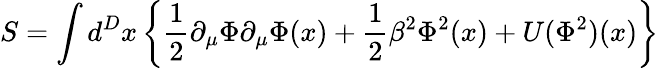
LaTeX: S=\int d^{D}x\left\{ \frac{1}{2}\partial_{\mu}\Phi\partial_{\mu}\Phi(x)+\frac{1}{2}\beta^{2}\Phi^{2}(x)+U(\Phi^{2})(x)\right\}